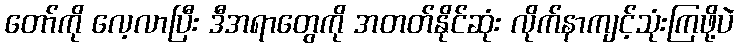
တော်ကို လေ့လာပြီး ဒီအရာတွေကို အတတ်နိုင်ဆုံး လိုက်နာကျင့်သုံးကြဖို့ပဲ